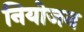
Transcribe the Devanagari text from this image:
नियोजन